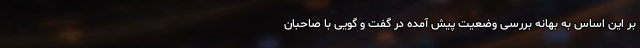
بر این اساس به بهانه بررسی وضعیت پیش آمده در گفت و گویی با صاحبان